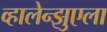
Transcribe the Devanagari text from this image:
व्हालेन्झुएला